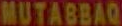
MUTABBAQ